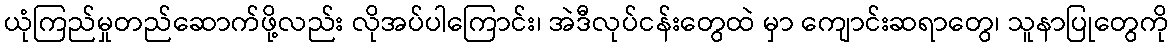
ယုံကြည်မှုတည်ဆောက်ဖို့လည်း လိုအပ်ပါကြောင်း၊ အဲဒီလုပ်ငန်းတွေထဲ မှာ ကျောင်းဆရာတွေ၊ သူနာပြုတွေကို